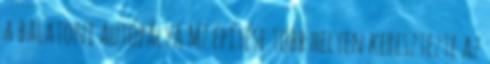
a balatoni autópálya M7 építése több helyen keresztezte az